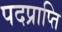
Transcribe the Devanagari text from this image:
पदप्राप्ति